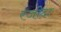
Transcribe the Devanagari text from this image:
रजीदा